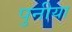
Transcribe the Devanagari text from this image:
पुनीया